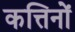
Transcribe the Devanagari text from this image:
कत्तिनों